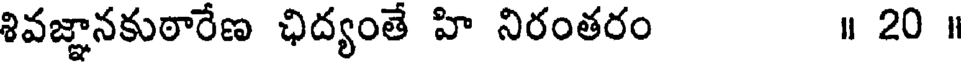
శివజ్ఞానకుఠారేణ ఛిద్యంతే హి నిరంతరం ॥ 20 ॥